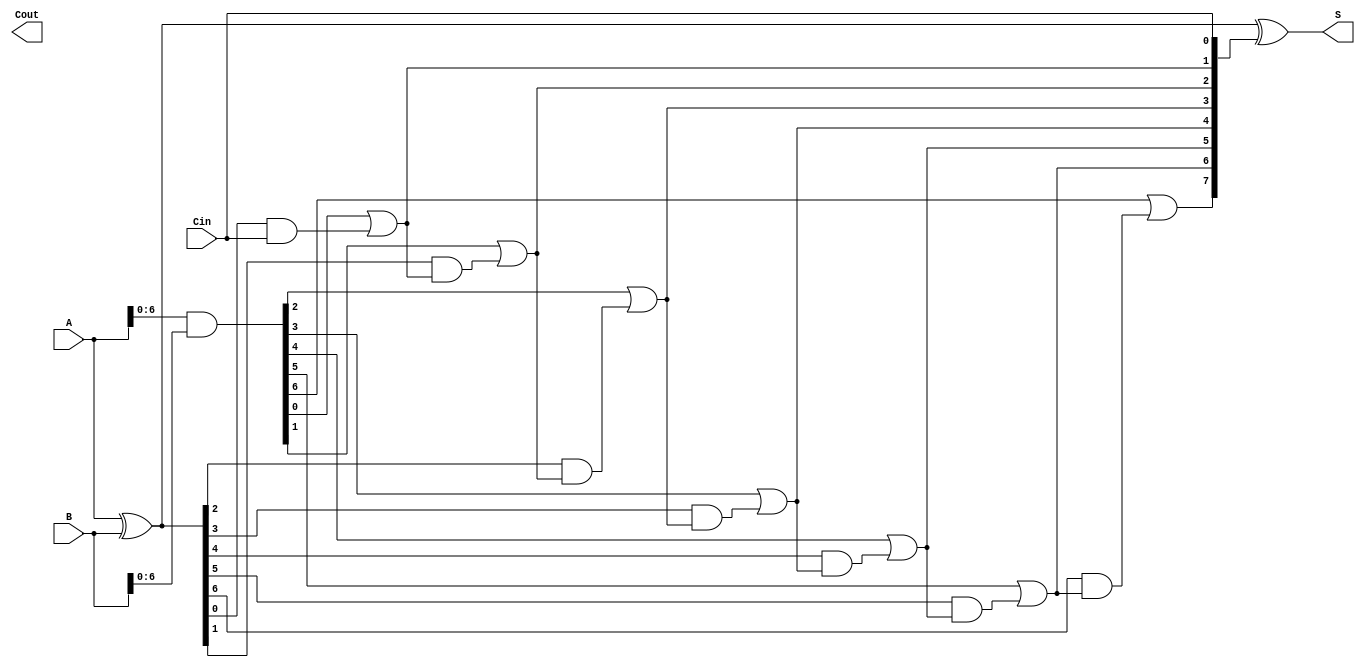
module SklanskyAdder #(parameter N = 8) (
    input  wire [N-1:0] A,      // First n-bit input
    input  wire [N-1:0] B,      // Second n-bit input
    input  wire Cin,             // Carry-in
    output wire [N-1:0] S,       // n-bit sum output
    output wire Cout             // Carry-out
);

    // Generate and Propagate signals
    wire [N-1:0] G; // Generate signals
    wire [N-1:0] P; // Propagate signals
    wire [N:0] C;   // Carry signals

    // Generate and Propagate calculations
    assign G = A & B;          // Generate: G[i] = A[i] & B[i]
    assign P = A ^ B;          // Propagate: P[i] = A[i] ^ B[i]

    // Carry signals computation
    assign C[0] = Cin;         // C[0] = Cin
    genvar i;
    generate
        for (i = 1; i < N; i = i + 1) begin : carry_logic
            assign C[i] = G[i-1] | (P[i-1] & C[i-1]); // C[i] = G[i-1] | (P[i-1] & C[i-1])
        end
    endgenerate
    assign C[N] = G[N-1] | (P[N-1] & C[N-1]); // Cout = G[N-1] | (P[N-1] & C[N-1])

    // Sum calculation
    assign S = P ^ C[N-1:0];  // S[i] = P[i] ^ C[i]

endmodule